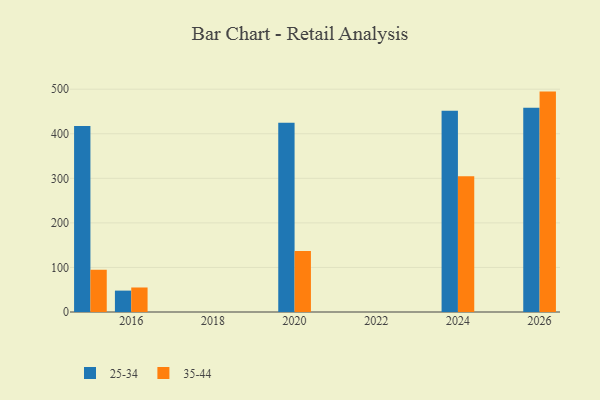
{"axis": {"x": "Year", "y": "Budget (USD K)"}, "legend": ["25-34", "35-44"], "data": [{"x": "2015", "y": 417.5, "type": "25-34"}, {"x": "2015", "y": 94.8, "type": "35-44"}, {"x": "2016", "y": 48.0, "type": "25-34"}, {"x": "2016", "y": 55.0, "type": "35-44"}, {"x": "2024", "y": 451.6, "type": "25-34"}, {"x": "2024", "y": 304.8, "type": "35-44"}, {"x": "2020", "y": 424.5, "type": "25-34"}, {"x": "2020", "y": 136.7, "type": "35-44"}, {"x": "2026", "y": 458.3, "type": "25-34"}, {"x": "2026", "y": 494.6, "type": "35-44"}]}